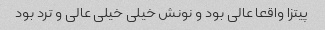
پیتزا واقعا عالی بود و نونش خیلی خیلی عالی و ترد بود